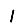
Digit: 1